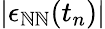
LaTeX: |\epsilon_{\mathbb{N}\mathbb{N}}(t_{n})|